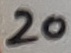
Text: 20